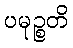
ပမုဉ္စတိ